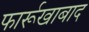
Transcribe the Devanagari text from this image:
फार्रूखाबाद